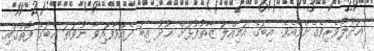
ޢަދުލުވެރިވެގެންވެއެވެ. އިބަގެ އަމިއްލަ ޒާތުފުޅަށް ޚުދު އިބަ ދެއްވާފައިވާ ނުވަތަ އިބަގެ ފޮތުގައި